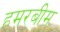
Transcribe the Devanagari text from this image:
हमरबीम